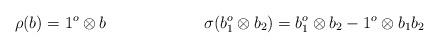
LaTeX: \begin{align*}\rho(b)=1^o\otimes b&\qquad\qquad\qquad\sigma(b_1^o\otimes b_2)=b_1^o\otimes b_2-1^o\otimes b_1b_2\end{align*}